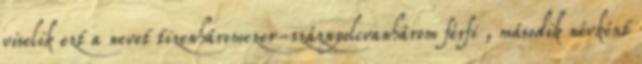
viselik ezt a nevet tizenháromezer-száznyolcvanhárom férfi , második névként